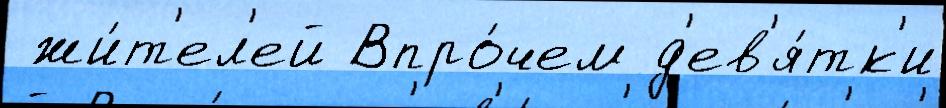
 жи́т'ел'ей Впро́чем д'ев'я́тк'и